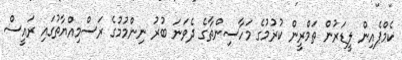
ކެމްޕެއިން ލީޑަރުން ތަމްރީން ކުރުމުގެ މަހާސިންތާގެ ދެވަނަ ބުރު ނިންމުމުގެ ރަސްމިއްޔާތުގައި ރައީސް